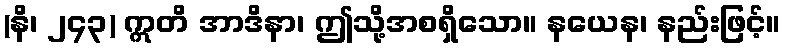
(နိ၊ ၂၄၃) ဣတိ အာဒိနာ၊ ဤသို့အစရှိသော။ နယေန၊ နည်းဖြင့်။